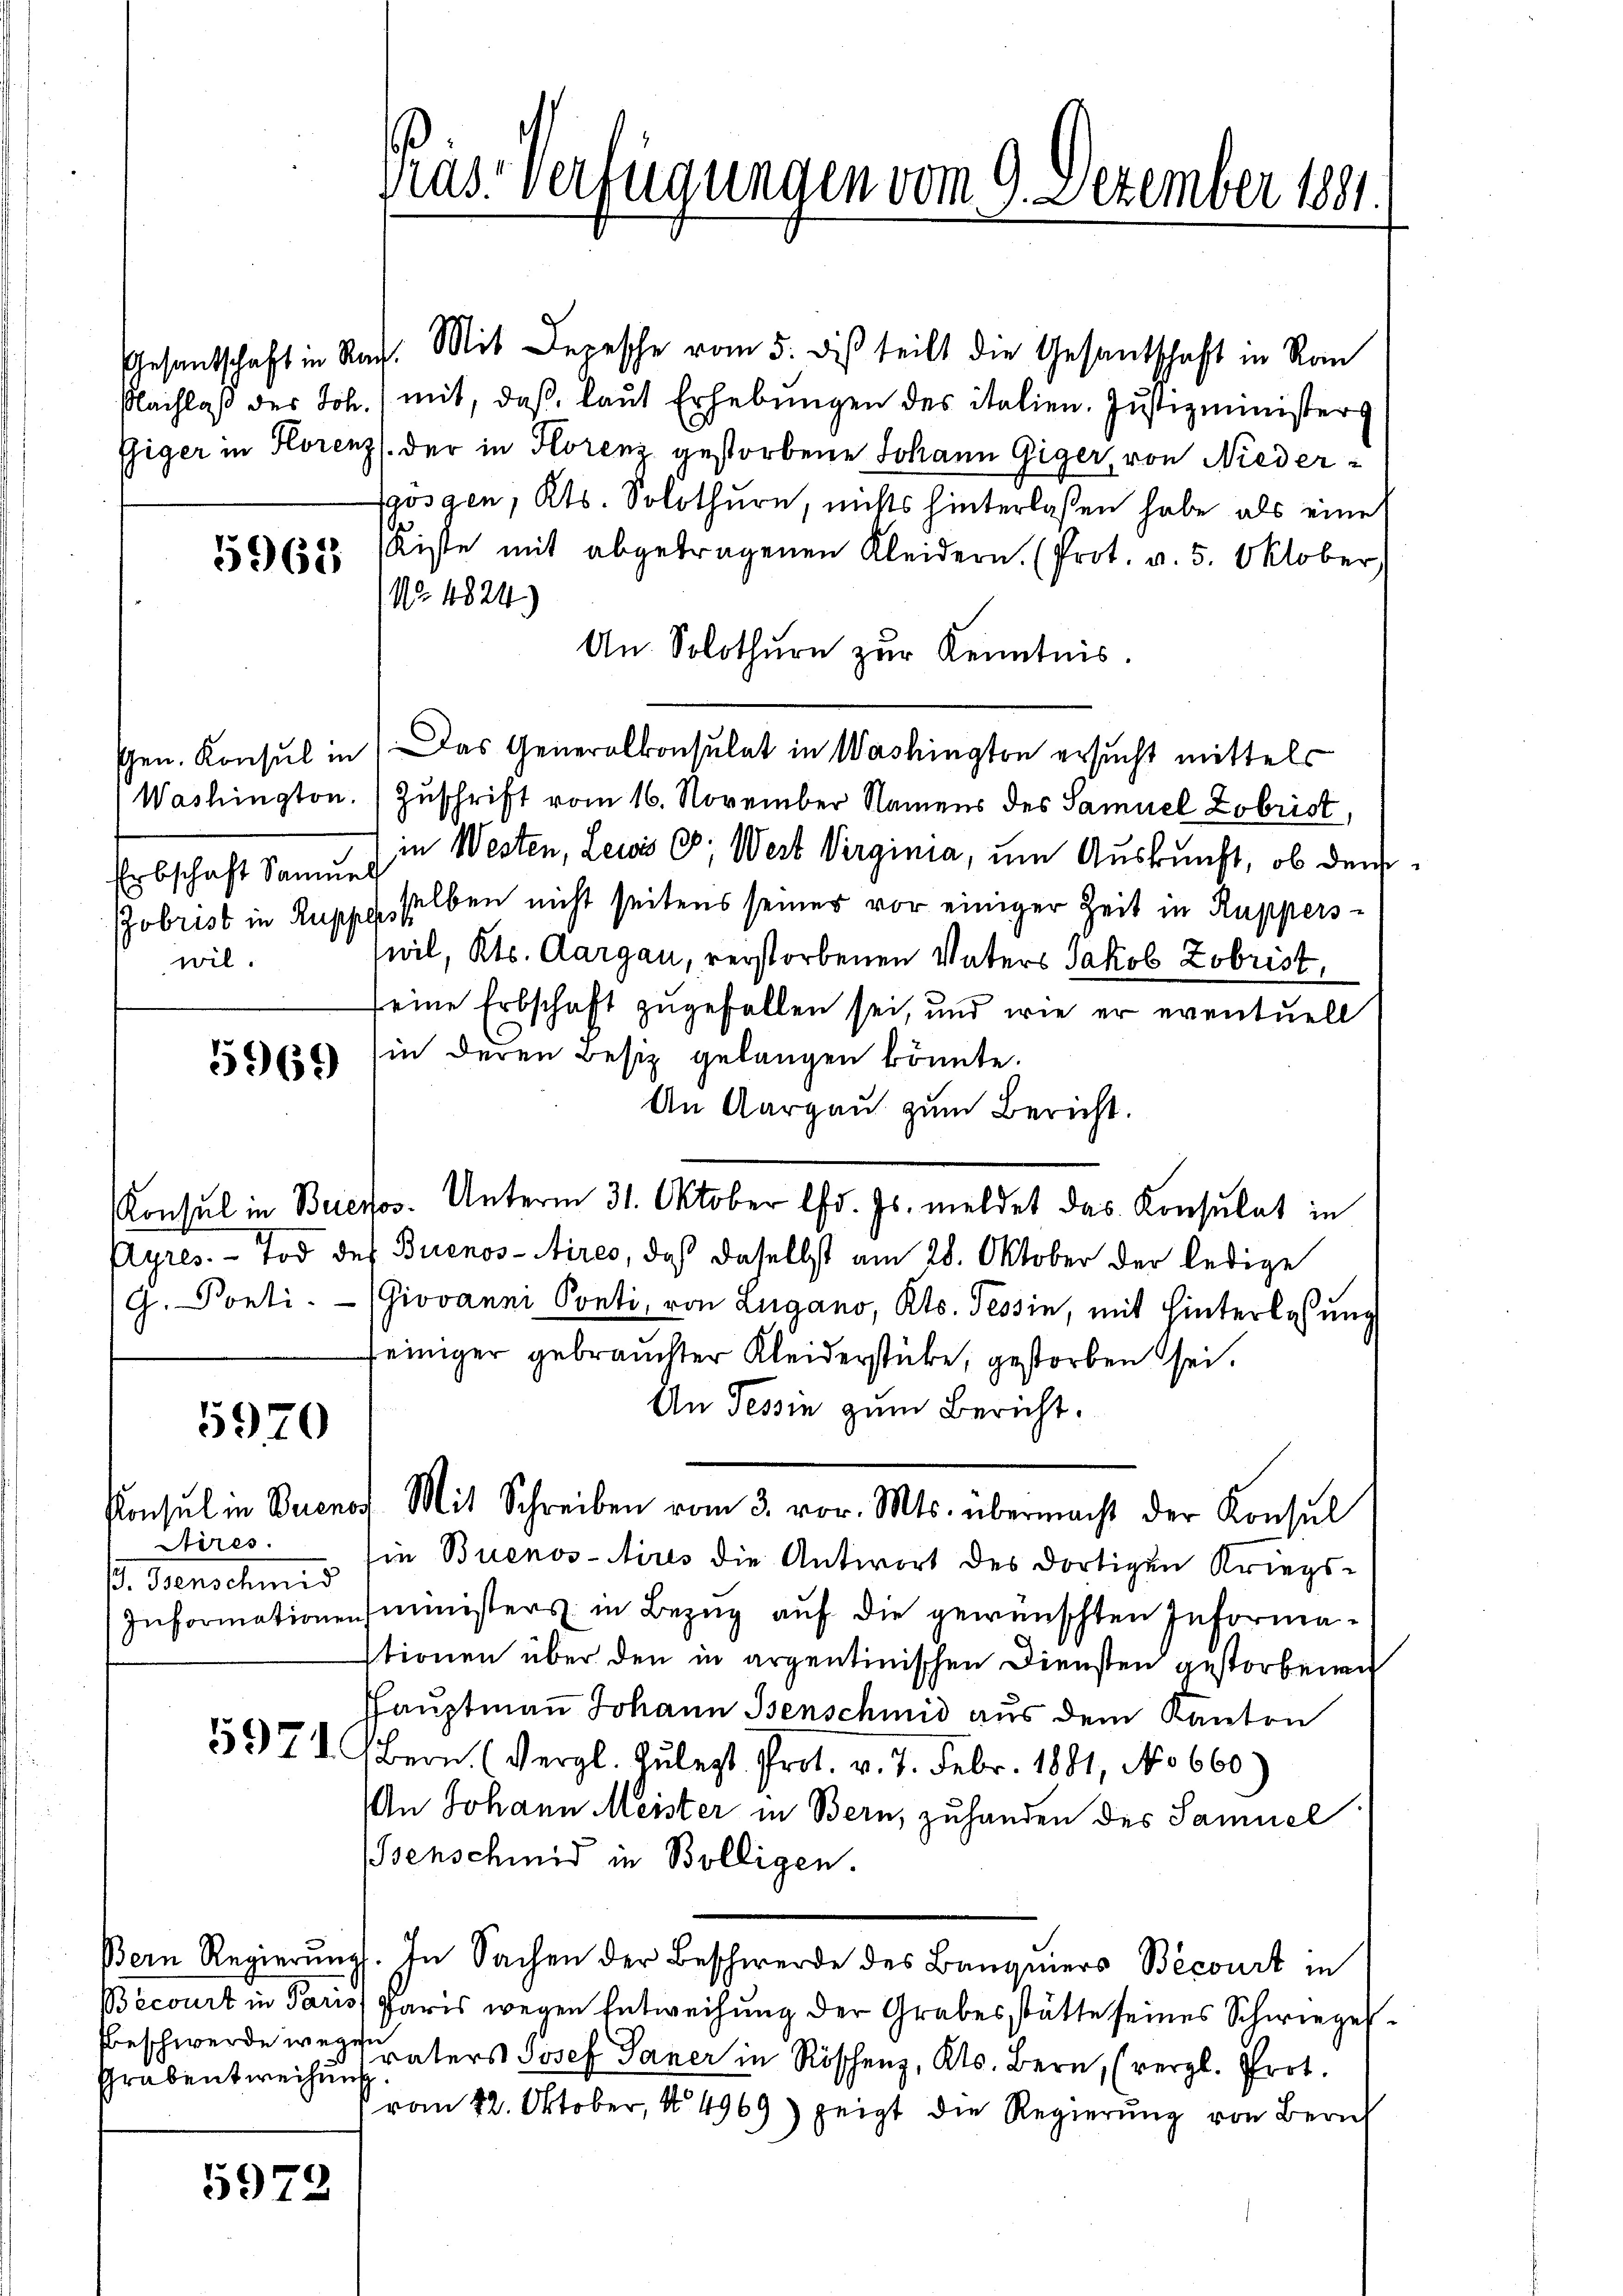
5965

Erbschaft Samuel
wil.

5969

5920

Aires.
p. Danacumis

Grabentweihung

5972

Gras Verfügungen vom 9. Dezember 1881.

Gesandschaft in Nach. Mit Depesche vom 5. dis teilt die Gesantschaft in Ra
Nachlaß des Joh. (mit, daß laut Erhebungen des italien. Justizminister
Esiger in Horenz der in Florenz gestorbene Johann Giger, von Niedergösgen, Kts. Solothurn, nichts hinterlassen habe, als eine
Kiste mit abgetragenen Kleidern. (Prot. v. 5. Oktober
No. 1824.)
An. Solothurn zur Kenntnis.
Gen. Konsul in Das Generalkonsulat in Washington ersucht mittels
Washington Zuschrift vom 16. November Namens des Samuel Zobrist,
in Westen, Lewis C. Wert Virginia, um Auskunft, ob den
Pobrist in Ruppe selben nicht seitens seiner vor einiger Zeit in Rupperswil, Kts. Aargau, verstorbenen Vaters Jakob Zobrist,
seine Erbschaft zugefallen sei, und wie er eventuell
in deren Besiz gelangen könnte.
An Aargau zum Bericht.
Ayres. - Tod des Buenos-Aires, daß daselbst am 28. Oktober der ledige
G. Ponti. (Giovanni Ponti, von Lugano, Kts. Tessin, mit Hinterlassung
feiniger gebrauchter Kleiderstücke, gestorben sei.
An Tessin zum Bericht.
Konsul in Buenos Mit Schreiben vom 3. vor. Mts. übermacht der Konsul
in Buenos-Aires die Antwort des dortigen Kriegs-
Informationenministers in Bezug auf die gewünschten Informastionen über den in argentinischen Diensten gestorbenen
Hauptmaṅ Johann Isenschmid aus dem Kanton
5971 bern. (Vergl. Zulezt Prot. v. 7. Febr. 1881, No 660.)
An Johann Meister in Bern, zuhanden des Samuel
senschmid in Bolligen.
Bern Regierŭngs. In Sachen der Beschwerde des Banquiers Becourt in
Becourt in Paris Paris wegen Entweihung der Grabestätte seines Schwiegelbeschwerde wegen Vaters Josef Paner in Rischenz, Kts. Bern, (vergl. Prot.
von 12. Oktober, No 4969) zeigt die Regierung von Zürich

Konsul in Beressor. Unterm 31. Oktober l. Js. meldet das Konsulat in